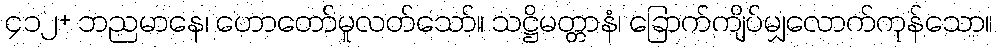
၄၁၂+ ဘညမာနေ၊ ဟောတော်မူလတ်သော်။ သဋ္ဌိမတ္တာနံ၊ ခြောက်ကျိပ်မျှလောက်ကုန်သော။